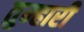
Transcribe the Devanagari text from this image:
तुम्हारीे